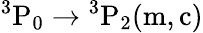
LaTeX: \mathrm{{}^{3}P_{0}\rightarrow{}^{3}P_{2}(m,c)}